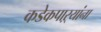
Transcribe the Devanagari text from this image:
कडेकपाऱ्यांना